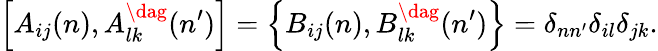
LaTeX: \left[A_{ij}(n),A_{lk}^{\dag}(n^{\prime})\right]=\left\{ B_{ij}(n),B_{lk}^{\dag}(n^{\prime})\right\} =\delta_{nn^{\prime}}\delta_{il}\delta_{jk}.